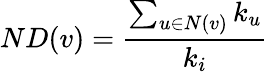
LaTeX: ND(v)=\frac{\sum_{u\in N(v)}k_{u}}{k_{i}}